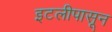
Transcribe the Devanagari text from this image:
इटलीपासून